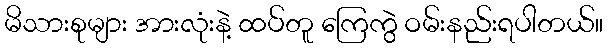
မိသားစုများ အားလုံးနဲ့ ထပ်တူ ကြေကွဲ ဝမ်းနည်းရပါတယ်။